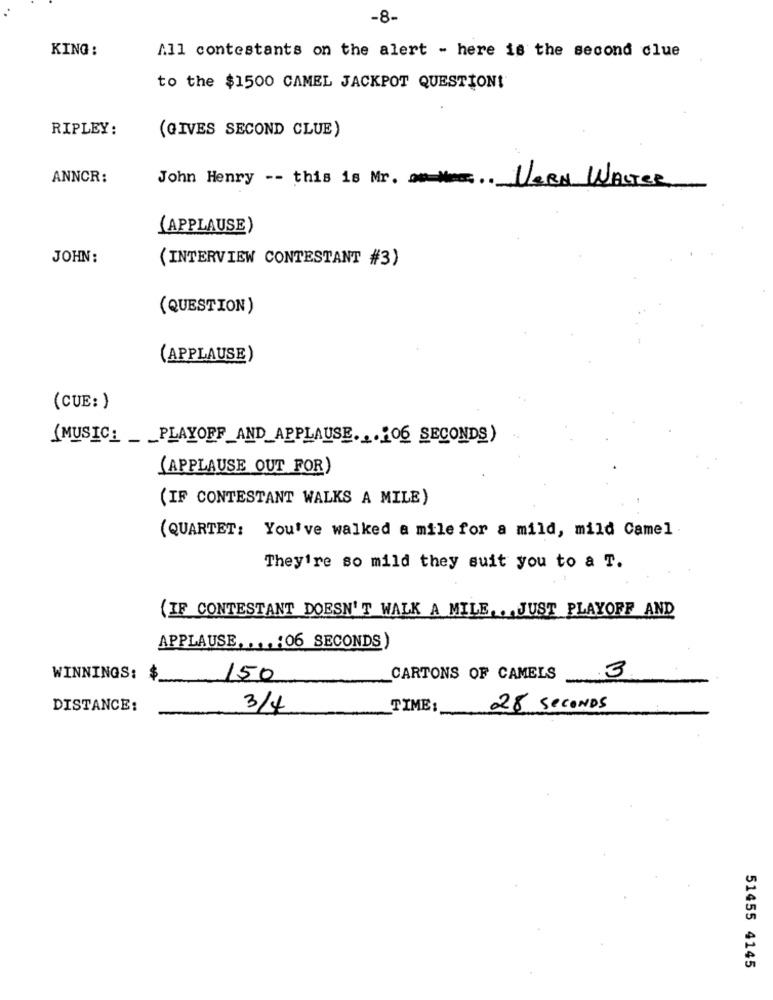
-8-
KING :
All contestants on the alert - here is the second clue
to the $1500 CAMEL JACKPOT QUESTION!
RIPLEY:
(GIVES SECOND CLUE)
ANNCR:
John Henry -- this is Mr. on How .. VERN WALTER
(APPLAUSE)
JOHN:
(INTERVIEW CONTESTANT #3)
(QUESTION )
(APPLAUSE)
(CUE: )
(MUSIC_ _ _ PLAYOFF_AND_APPLAUSE. ... 06 SECONDS)
(APPLAUSE OUT FOR)
(IF CONTESTANT WALKS A MILE)
(QUARTET: You've walked a mile for a mild, mild Camel
They're so mild they suit you to a T.
(IF CONTESTANT DOESN'T WALK A MILE ,. JUST PLAYOFF AND
APPLAUSE ....: 06 SECONDS)
WINNINGS: $
150
CARTONS OF CAMELS
.3
DISTANCE:
3/4
TIME:
28 seconds
51455 4145